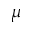
\mu